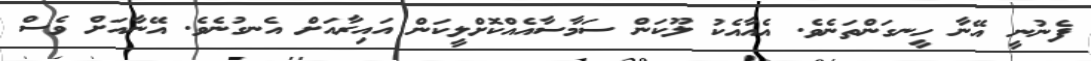
ފެނުނީ އޭނާ ހީނގަންތަނެވެ. އެއާއެކު ލޫކަން ސަމާސާއެއްކޮށްލީކަން އައިރާއަށް އެނގުނެވެ. އޭނާއަށް ވެސް